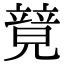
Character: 𥪰